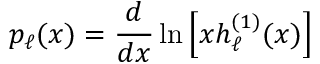
p _ { \ell } ( x ) = \frac { d } { d x } \ln \left[ x h _ { \ell } ^ { ( 1 ) } ( x ) \right]